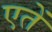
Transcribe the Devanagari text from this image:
एतें